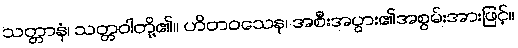
သတ္တာနံ၊ သတ္တဝါတို့၏။ ဟိတဝသေန၊ အစီးအပွား၏အစွမ်းအားဖြင့်။